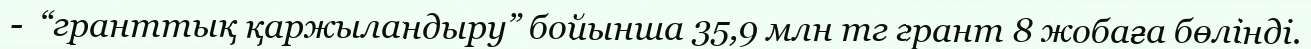
-  “гранттық қаржыландыру” бойынша 35,9 млн тг грант 8 жобаға бөлінді.